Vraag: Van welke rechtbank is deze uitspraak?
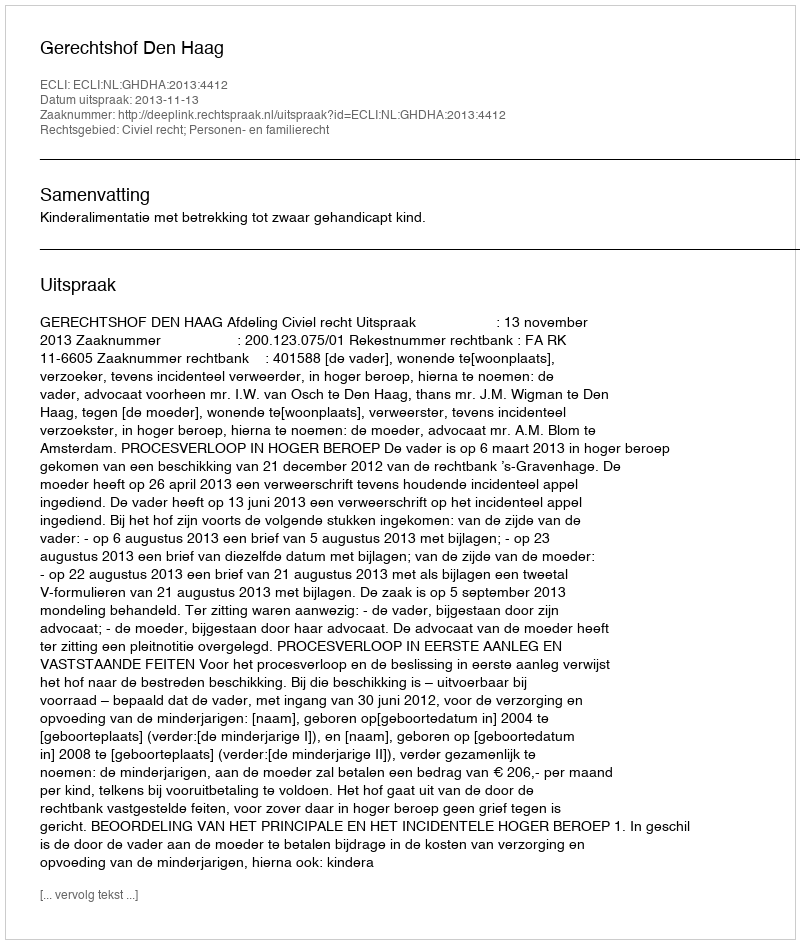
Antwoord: Gerechtshof Den Haag